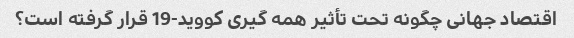
اقتصاد جهانی چگونه تحت تأثیر همه گیری کووید-19 قرار گرفته است؟